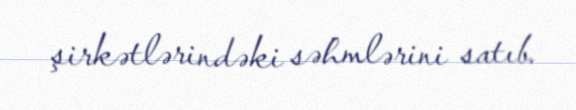
şirkətlərindəki səhmlərini satıb.